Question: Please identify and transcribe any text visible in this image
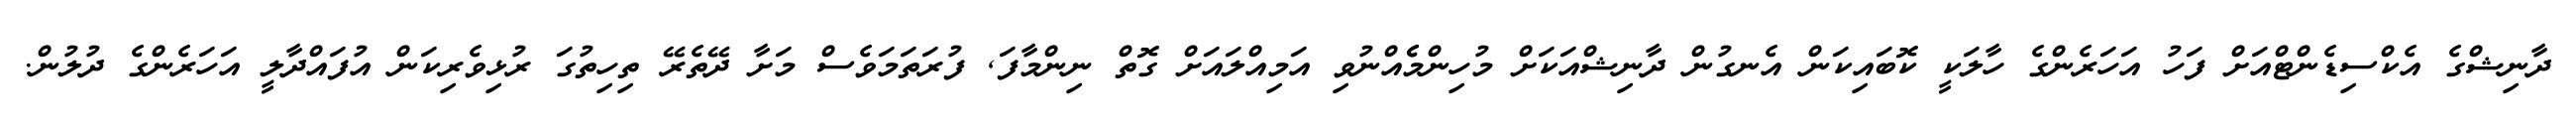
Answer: ދާނިޝްގެ އެކްސިޑެންޓްއަށް ފަހު އަހަރެންގެ ހާލަކީ ކޮބައިކަން އެނގުން ދާނިޝްއަކަށް މުހިންމެެއްނުވި އަމިއްލައަށް ގޮތް ނިންމާފަ, ފުރަތަމަވެސް މަށާ ދޭތެރޭ ތިހިތުގަ ރުޅިވެރިކަން އުފައްދާލީ އަހަރެންގެ ދުލުން.